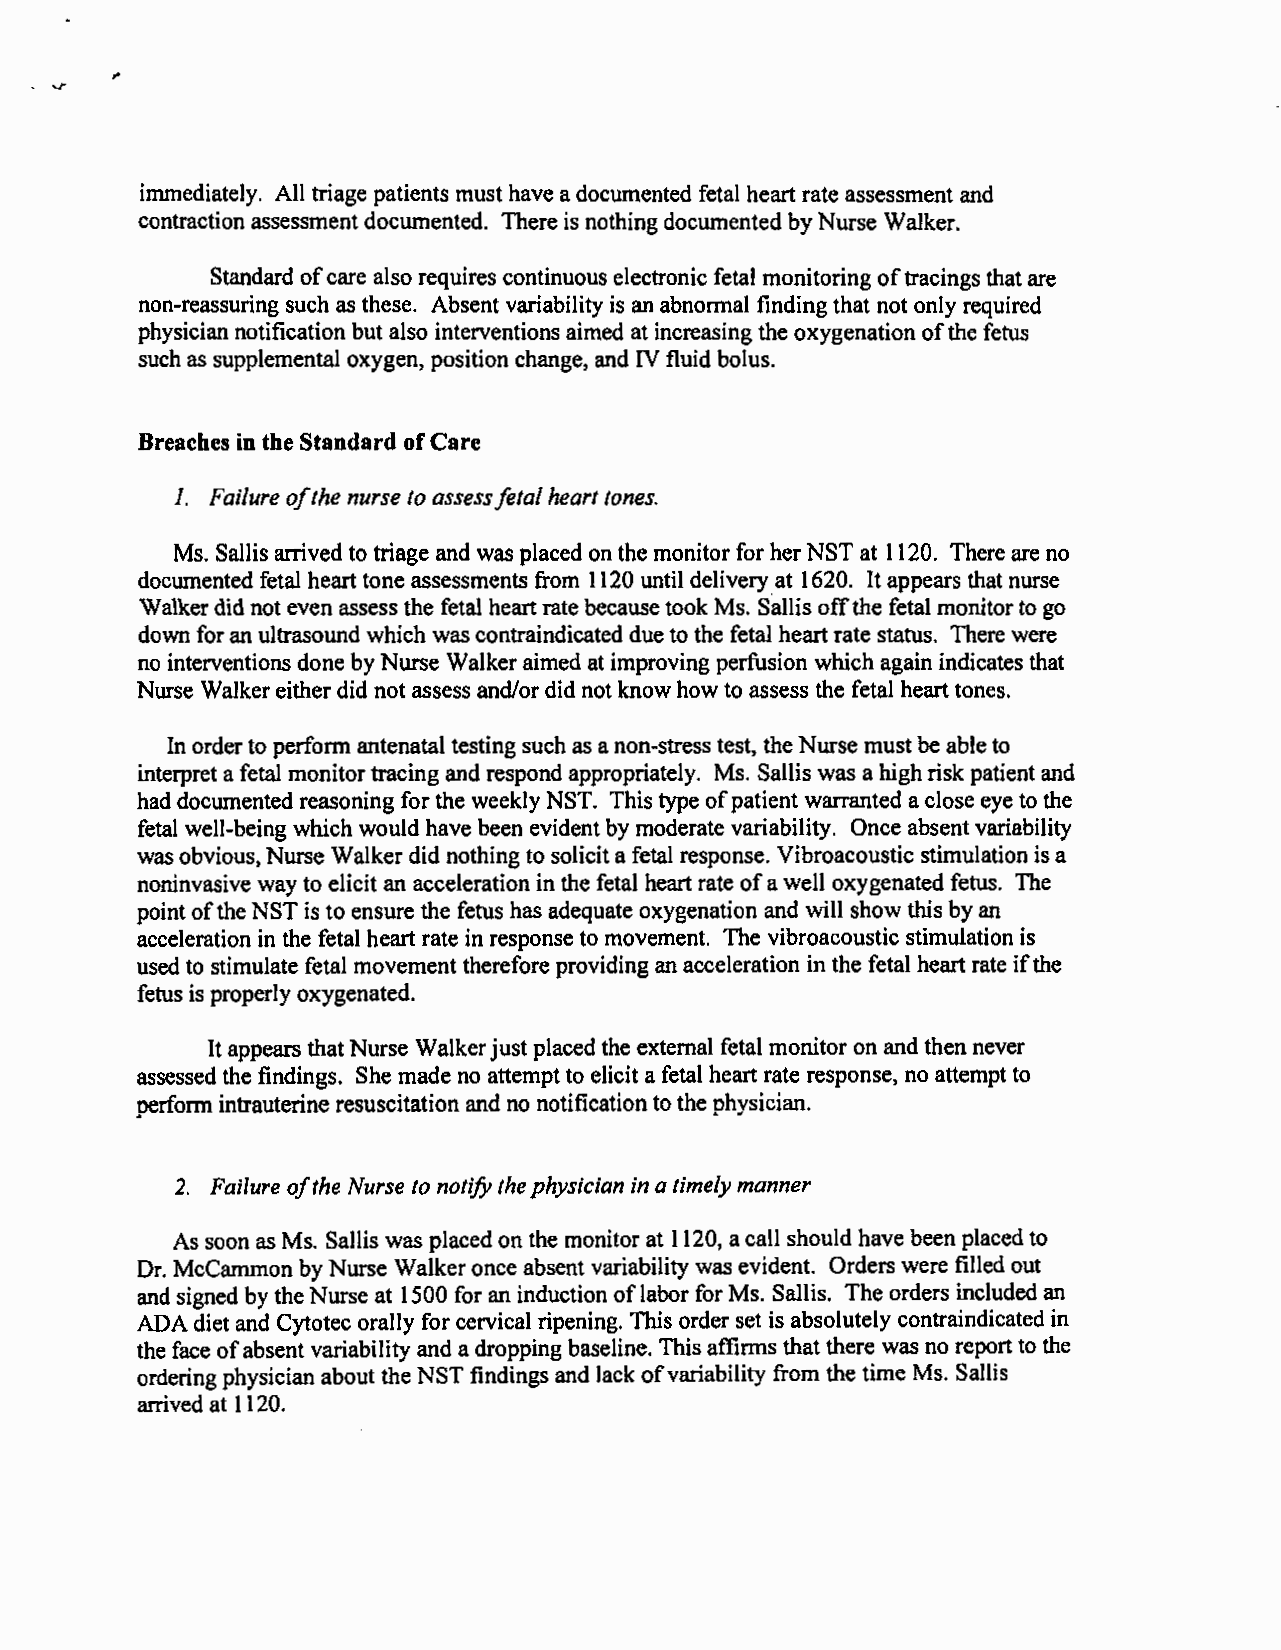
,.
 immediately. All triage patients must have a documented fetal heart rate assessment and
 contraction assessment documented. There is nothing documented by Nurse Walker.
 Standard of care also requires continuous electronic fetal monitoring of tracings that are
 non-reassuring such as these. Absent variability is an abnormal finding that not only required
 physician notification but also interventions aimed at increasing the oxygenation of the fetus
 such as supplemental oxygen, position change, and IV fluid bolus.
 Breaches in the Standard of Care
 I. Failure ofthe nurse to assess fetal heart tones.
 Ms. Sallis arrived to triage and was placed on the monitor for her NST at 1120. There are no
 documented fetal heart tone assessments from 1120 until delivery at 1620. It appears that nurse
 Walker did not even assess the fetal heart rate because took Ms. Sallis off the fetal monitor to go
 down for an ultrasound which was contraindicated due to the fetal heart rate status. There were
 no interventions done by Nurse Walker aimed at improving perfusion which again indicates that
 Nurse Walker either did not assess and/or did not know how to assess the fetal heart tones.
 In order to perform antenatal testing such as a non-stress test, the Nurse must be able to
 interpret a fetal monitor tracing and respond appropriately. Ms. Sallis was a high risk patient and
 had documented reasoning for the weekly NST. This type of patient warranted a close eye to the
 fetal well-being which would have been evident by moderate variability. Once absent variability
 was obvious, Nurse Walker did nothing to solicit a fetal response. Vibroacoustic stimulation is a
 noninvasive way to elicit an acceleration in the fetal heart rate of a well oxygenated fetus. The
 point of the NST is to ensure the fetus has adequate oxygenation and will show this by an
 acceleration in the fetal heart rate in response to movement. The vibroacoustic stimulation is
 used to stimulate fetal movement therefore providing an acceleration in the fetal heart rate if the
 fetus is properly oxygenated.
 It appears that Nurse Walker just placed the external fetal monitor on and then never
 assessed the findings. She made no attempt to elicit a fetal heart rate response, no attempt to
 .                                     . .
 oerform intrauterine resuscitation and no notification to the ohvsician.
 2. Failure of the Nurse to notify the physician in a timely manner
 As soon as Ms. Sallis was placed on the monitor at 1120, a call should have been placed to
 Dr. McCammon by Nurse Walker once absent variability was evident. Orders were filled out
 and signed by the Nurse at 1500 for an induction of labor for Ms. Sallis. The orders included an
 ADA diet and Cytotec orally for cervical ripening. This order set is absolutely contraindicated in
 the face of absent variability and a dropping baseline. This affirms that there was no report to the
 ordering physician about the NST findings and lack of variability from the time Ms. Sallis
 arrived at 1120.